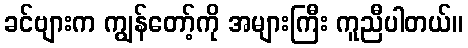
ခင်ဗျားက ကျွန်တော့်ကို အများကြီး ကူညီပါတယ်။